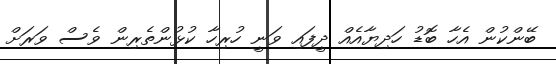
ބޭންކުން އެހާ ބޮޑު ހަދިޔާއެއް ދީފައި ވަނީ ހުރިހާ ކުޅުންތެރިން ވެސް ވަރަށް